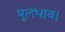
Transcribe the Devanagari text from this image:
मूलभाव।